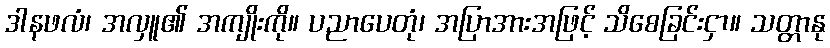
ဒါနဖလံ၊ အလှူ၏ အကျိုးကို။ ပညာပေတုံ၊ အပြာအားအဖြင့် သိစေခြင်းငှာ။ သတ္တာနု